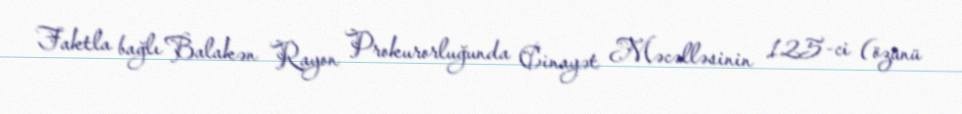
Faktla bağlı Balakən Rayon Prokurorluğunda Cinayət Məcəlləsinin 125-ci (özünü